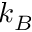
k _ { B }